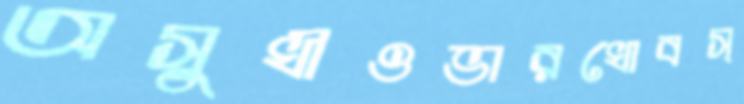
অসুখীওভারখোবস্